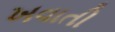
ખવાતી